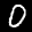
Label: 0